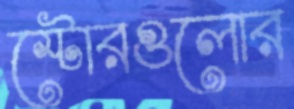
স্টোরগুলোর